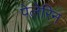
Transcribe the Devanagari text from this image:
पेलेरिन